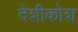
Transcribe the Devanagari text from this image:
देशीकोश